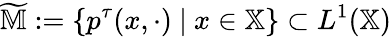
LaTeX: \widetilde{\mathbb{M}}:=\{ p^{\tau}(x,\cdot)~|~x\in\mathbb{X}\} \subset L^{1}(\mathbb{X})